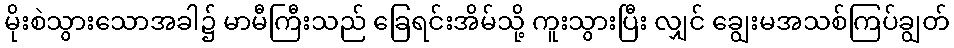
မိုးစဲသွားသောအခါ၌ မာမီကြီးသည် ခြေရင်းအိမ်သို့ ကူးသွားပြီး လျှင် ချွေးမအသစ်ကြပ်ချွတ်